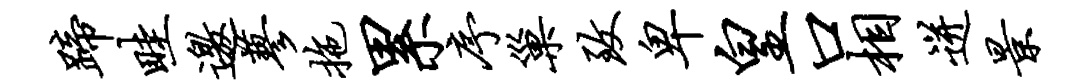
蹄畦邀蓼拖累序巢致卑皇口相迸景